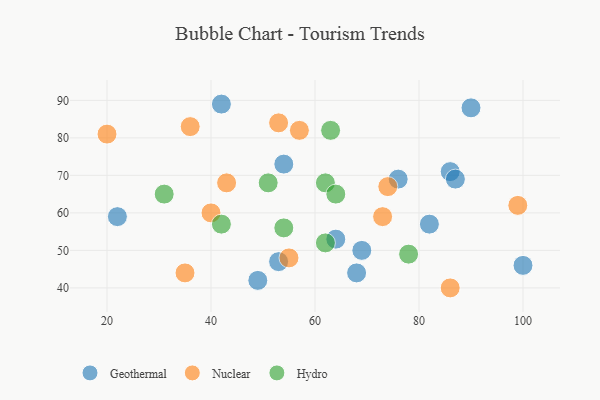
{"axis": {"x": "GDP", "y": "Life Expectancy"}, "legend": ["Geothermal", "Hydro", "Nuclear"], "data": [{"x": "49", "y": 42, "type": "Geothermal"}, {"x": "68", "y": 44, "type": "Geothermal"}, {"x": "53", "y": 47, "type": "Geothermal"}, {"x": "82", "y": 57, "type": "Geothermal"}, {"x": "90", "y": 88, "type": "Geothermal"}, {"x": "76", "y": 69, "type": "Geothermal"}, {"x": "86", "y": 71, "type": "Geothermal"}, {"x": "22", "y": 59, "type": "Geothermal"}, {"x": "87", "y": 69, "type": "Geothermal"}, {"x": "42", "y": 89, "type": "Geothermal"}, {"x": "54", "y": 73, "type": "Geothermal"}, {"x": "100", "y": 46, "type": "Geothermal"}, {"x": "69", "y": 50, "type": "Geothermal"}, {"x": "64", "y": 53, "type": "Geothermal"}, {"x": "55", "y": 48, "type": "Nuclear"}, {"x": "20", "y": 81, "type": "Nuclear"}, {"x": "35", "y": 44, "type": "Nuclear"}, {"x": "74", "y": 67, "type": "Nuclear"}, {"x": "40", "y": 60, "type": "Nuclear"}, {"x": "57", "y": 82, "type": "Nuclear"}, {"x": "99", "y": 62, "type": "Nuclear"}, {"x": "53", "y": 84, "type": "Nuclear"}, {"x": "86", "y": 40, "type": "Nuclear"}, {"x": "73", "y": 59, "type": "Nuclear"}, {"x": "36", "y": 83, "type": "Nuclear"}, {"x": "43", "y": 68, "type": "Nuclear"}, {"x": "62", "y": 68, "type": "Hydro"}, {"x": "63", "y": 82, "type": "Hydro"}, {"x": "64", "y": 65, "type": "Hydro"}, {"x": "42", "y": 57, "type": "Hydro"}, {"x": "51", "y": 68, "type": "Hydro"}, {"x": "54", "y": 56, "type": "Hydro"}, {"x": "78", "y": 49, "type": "Hydro"}, {"x": "62", "y": 52, "type": "Hydro"}, {"x": "31", "y": 65, "type": "Hydro"}]}